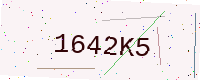
Text: 1642K5